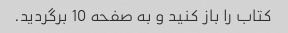
کتاب را باز کنید و به صفحه 10 برگردید.